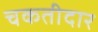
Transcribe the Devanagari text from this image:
चकतीदार